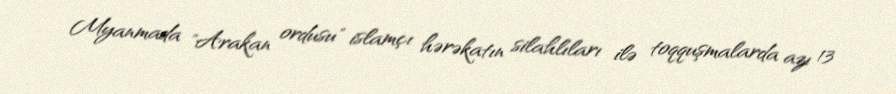
Myanmada "Arakan ordusu" islamçı hərəkatın silahlıları ilə toqquşmalarda azı 13